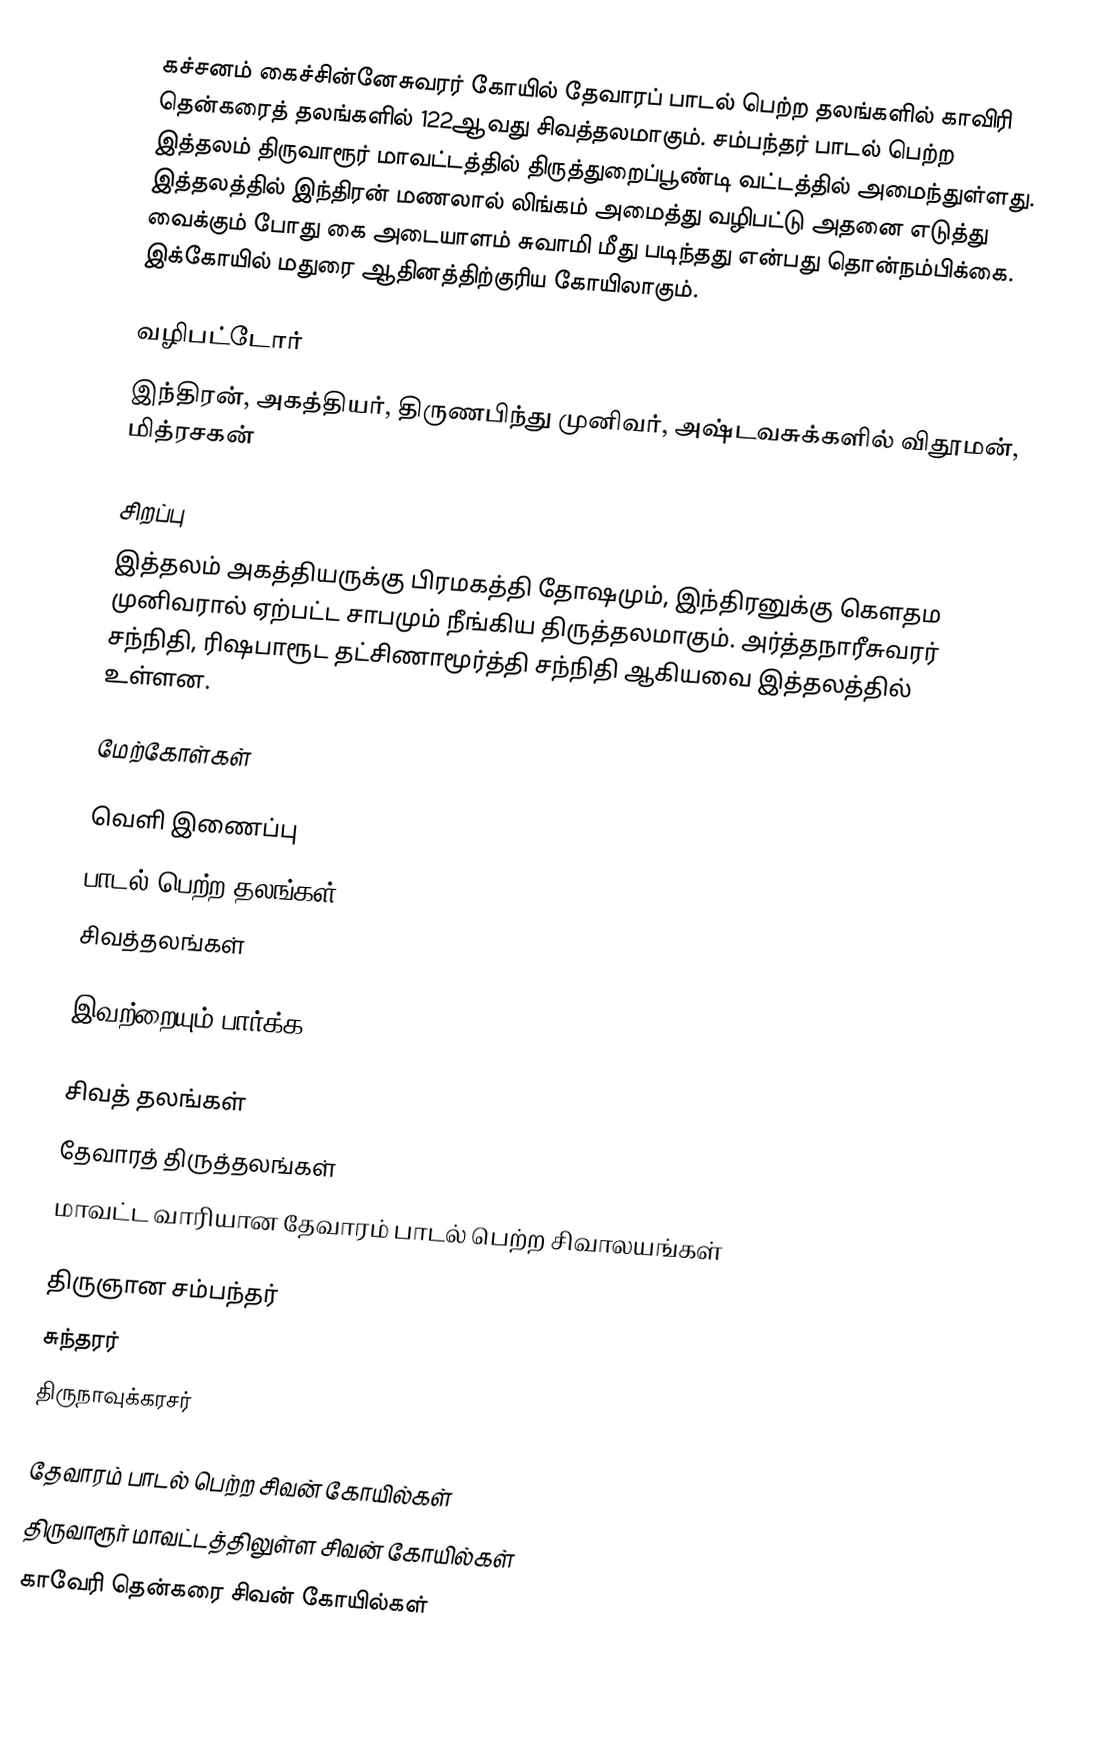
கச்சனம் கைச்சின்னேசுவரர் கோயில் தேவாரப் பாடல் பெற்ற தலங்களில் காவிரி தென்கரைத் தலங்களில் 122ஆவது சிவத்தலமாகும். சம்பந்தர் பாடல் பெற்ற இத்தலம் திருவாரூர் மாவட்டத்தில்  திருத்துறைப்பூண்டி வட்டத்தில் அமைந்துள்ளது. இத்தலத்தில் இந்திரன் மணலால் லிங்கம் அமைத்து வழிபட்டு அதனை எடுத்து வைக்கும் போது கை அடையாளம் சுவாமி மீது படிந்தது என்பது தொன்நம்பிக்கை. இக்கோயில் மதுரை ஆதினத்திற்குரிய கோயிலாகும்.

வழிபட்டோர்
இந்திரன், அகத்தியர், திருணபிந்து முனிவர், அஷ்டவசுக்களில் விதூமன், மித்ரசகன்

சிறப்பு
இத்தலம் அகத்தியருக்கு பிரமகத்தி தோஷமும், இந்திரனுக்கு கௌதம முனிவரால் ஏற்பட்ட சாபமும் நீங்கிய திருத்தலமாகும். அர்த்தநாரீசுவரர் சந்நிதி, ரிஷபாரூட தட்சிணாமூர்த்தி சந்நிதி ஆகியவை இத்தலத்தில் உள்ளன.

மேற்கோள்கள்

வெளி இணைப்பு
 பாடல் பெற்ற தலங்கள்
 சிவத்தலங்கள்

இவற்றையும் பார்க்க

 சிவத் தலங்கள்
 தேவாரத் திருத்தலங்கள்
 மாவட்ட வாரியான தேவாரம் பாடல் பெற்ற சிவாலயங்கள்

 திருஞான சம்பந்தர்
 சுந்தரர்
 திருநாவுக்கரசர்

தேவாரம் பாடல் பெற்ற சிவன் கோயில்கள்
திருவாரூர் மாவட்டத்திலுள்ள சிவன் கோயில்கள்
காவேரி தென்கரை சிவன் கோயில்கள்